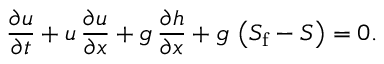
{ \frac { \partial u } { \partial t } } + u \, { \frac { \partial u } { \partial x } } + g \, { \frac { \partial h } { \partial x } } + g \, \left( S _ { \mathrm { f } } - S \right) = 0 .